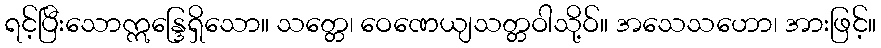
ရင့်ပြီးသောဣန္ဒြေရှိသော။ သတ္တေ၊ ဝေဏေယျသတ္တဝါသို့ဝ်။ အသေသဟော၊ အားဖြင့်။